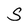
Character: S